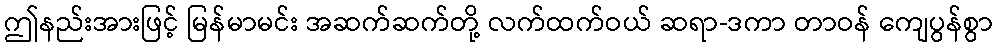
ဤနည်းအားဖြင့် မြန်မာမင်း အဆက်ဆက်တို့ လက်ထက်ဝယ် ဆရာ-ဒကာ တာဝန် ကျေပွန်စွာ